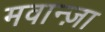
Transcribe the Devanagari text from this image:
मवान्ज़ा